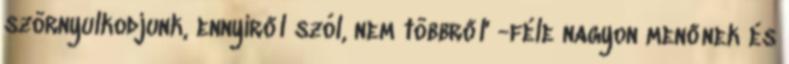
szörnyulkodjunk, ennyiről szól, nem többről' -féle nagyon menőnek és